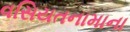
વસિયતનામાના